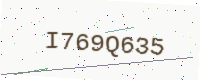
Text: I769Q635